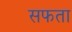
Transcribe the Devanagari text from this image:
सफता